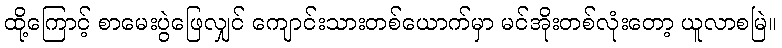
ထို့ကြောင့် စာမေးပွဲဖြေလျှင် ကျောင်းသားတစ်ယောက်မှာ မင်အိုးတစ်လုံးတော့ ယူလာစမြဲ။